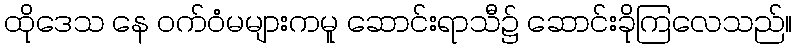
ထိုဒေသ နေ ဝက်ဝံမများကမူ ဆောင်းရာသီ၌ ဆောင်းခိုကြလေသည်။